Lunatic asylums Central Provinces reports 1910-1926 - 1910-1926
Year: 1910
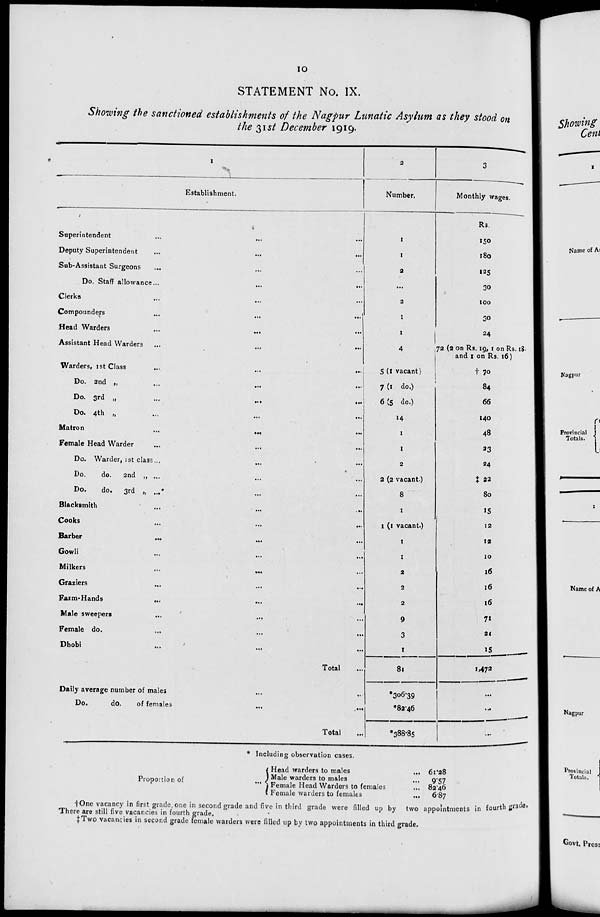
10
STATEMENT No. IX.
Showing the sanctioned establishments of the Nagpur Lunatic Asylum as they stood on
the 31st December 1919.
1
Establishment.
Superintendent ... ... ...
Deputy Superintendent ... ... ...
Sub-Assistant Surgeons ... ... ...
Do. Staff allowance ... ... ...
Clerks ... ... ...
Compounders
...
...
...
Head Warders
...
... ...
Assistant Head Warders ... ... ...
Warders, 1st Class
...
...
...
Do. 2nd „
...
...
...
Do. 3rd „
...
...
...
Do. 4th „ ... ... ...
Matron
...
... ...
Female Head Warder
... ... ...
Do. Warder, 1st class ... ... ...
Do.
do. 2nd „ ... ... ...
Do.
do. 3rd „ ... ... ...
Blacksmith ... ... ...
Cooks ... ... ...
Barber ... ... ...
Gowli ... ... ...
Milkers
...
... ...
Graziers ... ... ...
Farm-Hands
...
...
...
Male sweepers ... ... ...
Female do. ... ... ...
Dhobi ... ... ...
Total ...
Daily average number of males ... ...
Do.
do.
of females
...
...
Total ...
2
Number.
1
1
2
...
2
1
1
4
5 (1 vacant)
7 (1 do.)
6(5 do.)
14
1
1
2
2 (2 vacant.)
8
1
1 (1 vacant.)
1
1
2
2
2
9
3
1
81
*306.39
*82.46
*388.85
3
Monthly wages.
Rs.
150
180
125
30
100
30
24
72 (2 on Rs. 19, 1 on Rs. 18.
and 1 on Rs. 16)
†
70
84
66
140
48
23
24
‡ 22
80
15
12
12
10
16
16
16
71
21
15
1,472
...
...
...
* Including observation cases.
Proportion of
...
Head warders to males ...
Male warders to males ...
Female Head Warders to females ...
Female warders to females
...
61.28
9.57
82.46
6.87
†One vacancy in first grade, one in second grade and five in third grade were filled up by two appointments in fourth grade.
There are still five vacancies in fourth grade.
‡ Two vacancies in second grade female warders were filled up by two appointments in third grade.